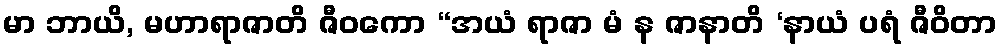
မာ ဘာယိ, မဟာရာဇာတိ ဇီဝကော “အယံ ရာဇာ မံ န ဇာနာတိ ‘နာယံ ပရံ ဇီဝိတာ